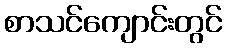
စာသင်ကျောင်းတွင်